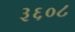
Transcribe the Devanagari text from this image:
३६०८